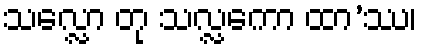
သလ္လော တု သလ္လကော ထာ’ဿ၊